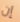
إن